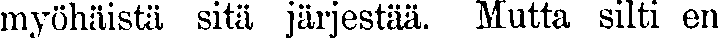
myöhäistä sitä järjestää, Mutta silti en